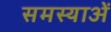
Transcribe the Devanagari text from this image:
समस्याअें